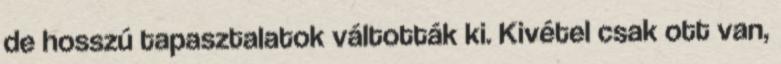
de hosszú tapasztalatok váltották ki. Kivétel csak ott van,